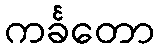
ကင်္ခတော